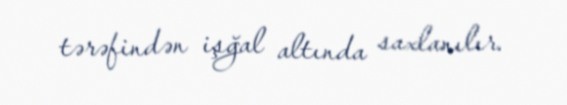
tərəfindən işğal altında saxlanılır.